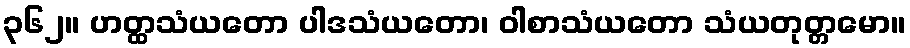
၃၆၂။ ဟတ္ထသံယတော ပါဒသံယတော၊ ဝါစာသံယတော သံယတုတ္တမော။